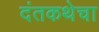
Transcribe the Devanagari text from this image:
दंतकथेचा